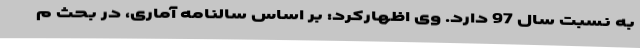
به نسبت سال 97 دارد. وی اظهارکرد: بر اساس سالنامه آماری، در بحث م